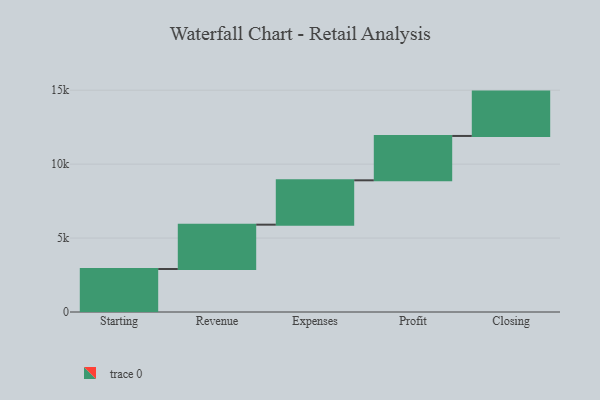
{"axis": {"x": "Step", "y": "Value"}, "legend": [""], "data": [{"x": "Starting", "y": 2907.0, "type": ""}, {"x": "Revenue", "y": 3000, "type": ""}, {"x": "Expenses", "y": 3000, "type": ""}, {"x": "Profit", "y": 3000, "type": ""}, {"x": "Closing", "y": 3000, "type": ""}]}